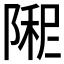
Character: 𫕏